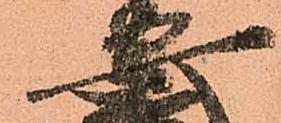
安